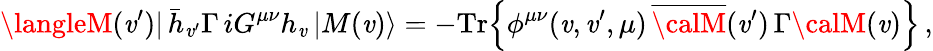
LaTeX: \langleM(\mathit{v}^{\prime})|\, \bar{{h}}_{\mathit{v}^{\prime}}\Gamma\, iG^{\mu\nu}h_{\mathit{v}}\, |M(\mathit{v})\rangle=-\mathrm{{Tr}}\Big\{ \phi^{\mu\nu}(\mathit{v},\mathit{v}^{\prime},\mu)\, \overline{{{{\calM}}}}(\mathit{v}^{\prime})\, \Gamma{\calM}(\mathit{v})\Big\} \, ,